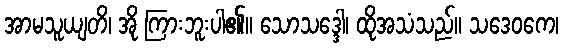
အာမသူယျတိ၊ အို ကြားဘူးပါ၏။ သောသဒ္ဒေါ၊ ထိုအသံသည်။ သဒေဝကေ၊